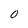
Character: 0